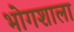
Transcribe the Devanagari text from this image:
भोगशाला